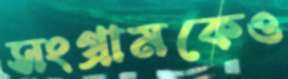
সংগ্রামকেও